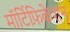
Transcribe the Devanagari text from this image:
मॉर्टिफ़िकेशन